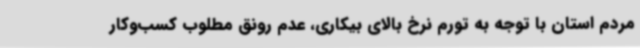
مردم‌ استان با توجه به تورم نرخ بالای بیکاری، عدم رونق مطلوب کسب‌وکار